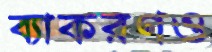
ব্যাকরণও